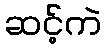
ဆင့်ကဲ